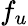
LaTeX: f_{u}